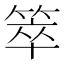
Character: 箤